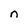
Character: n